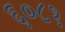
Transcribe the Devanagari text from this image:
६०८१